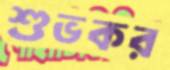
শুভকর